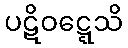
ပဋိဝဋ္ဋေသိ